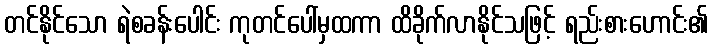
တင်နိုင်သော ရဲစခန်းပေါင်း ကုတင်ပေါ်မှထကာ ထိခိုက်လာနိုင်သဖြင့် ရည်းစားဟောင်း၏